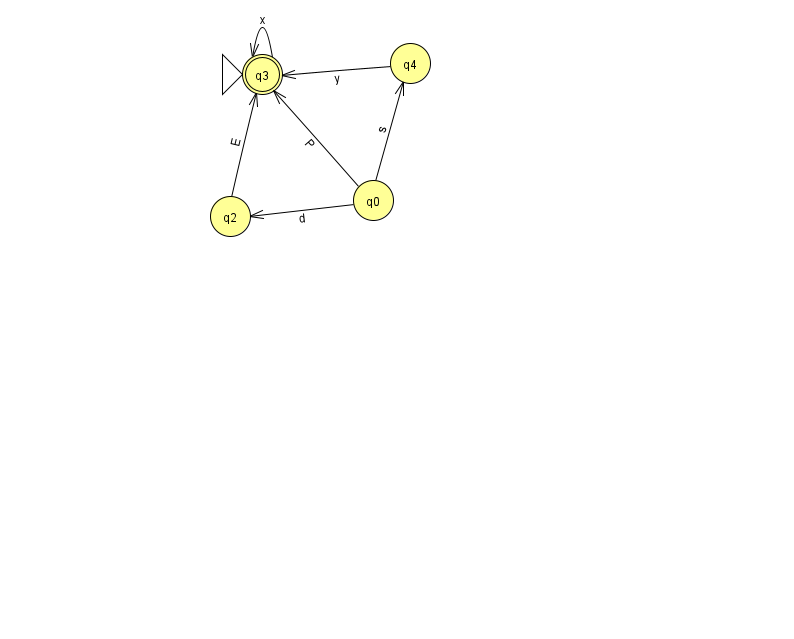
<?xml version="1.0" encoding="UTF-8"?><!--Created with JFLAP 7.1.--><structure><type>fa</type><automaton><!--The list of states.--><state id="0" name="q0"><x>373.0</x><y>187.0</y></state><state id="2" name="q2"><x>230.0</x><y>203.0</y></state><state id="3" name="q3"><x>262.0</x><y>61.0</y><initial/><final/></state><state id="4" name="q4"><x>410.0</x><y>50.0</y></state><!--The list of transitions.--><transition><from>4</from><to>3</to><read>y</read></transition><transition><from>0</from><to>2</to><read>d</read></transition><transition><from>0</from><to>4</to><read>s</read></transition><transition><from>3</from><to>3</to><read>x</read></transition><transition><from>2</from><to>3</to><read>E</read></transition><transition><from>0</from><to>3</to><read>P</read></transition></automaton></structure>